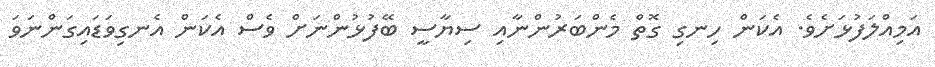
އަމިއްލަފުޅަށެވެ. އެކަން ހިނގި ގޮތް މެންބަރުންނާއި ސިޔާސީ ބޭފުޅުންނަށް ވެސް އެކަން އެނގިވަޑައިގަންނަވަ